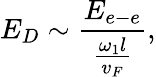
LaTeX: E_{D}\sim\frac{E_{e-e}}{\frac{\omega_{1}l}{v_{F}}},